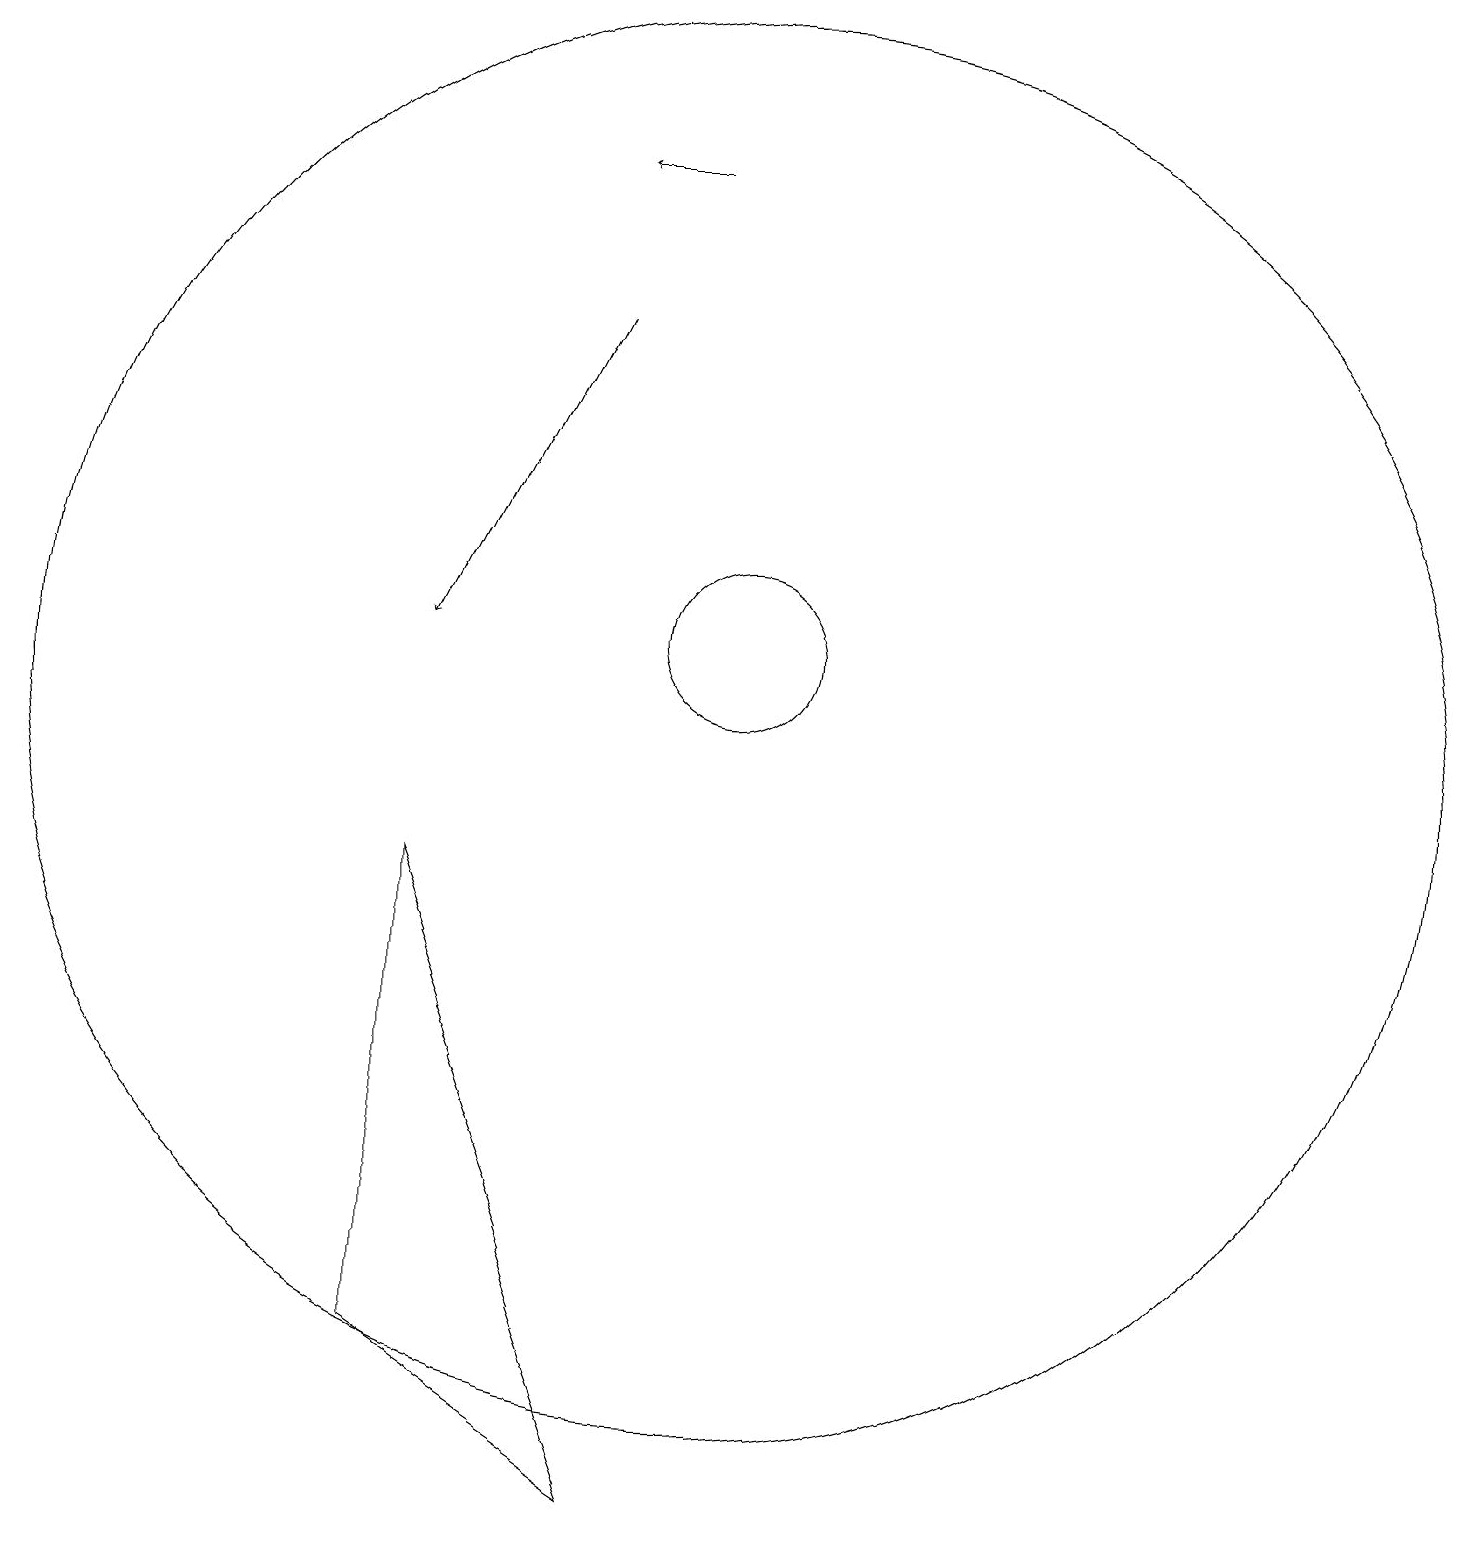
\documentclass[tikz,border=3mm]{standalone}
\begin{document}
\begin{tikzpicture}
\draw (10,11) circle (1);
\draw (6,8) -- (6,2) -- (9,0) -- cycle;
\draw[->] (9,17) -- (8,17);
\draw[->] (8,15) -- (6,11);
\draw (10,10) circle (9);
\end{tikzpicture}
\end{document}